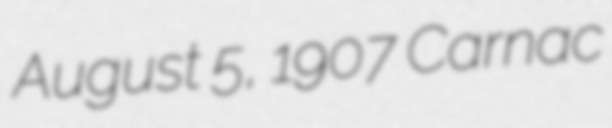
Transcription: August 5, 1907 Carnac